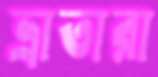
ভ্রাতারা